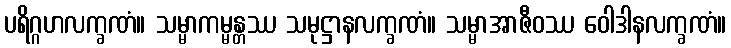
ပရိဂ္ဂဟလက္ခဏံ။ သမ္မာကမ္မန္တဿ သမုဋ္ဌာနလက္ခဏံ။ သမ္မာအာဇီဝဿ ဝေါဒါနလက္ခဏံ။